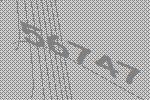
56747